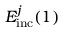
E _ { \mathrm { i n c } } ^ { j } ( 1 )